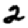
Digit: 2